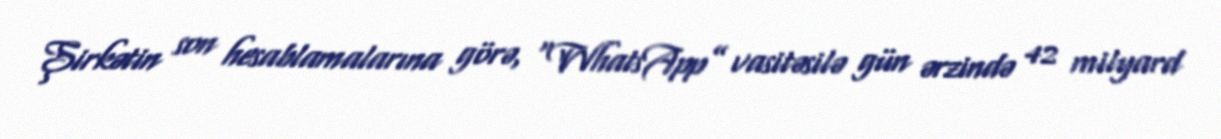
Şirkətin son hesablamalarına görə, “WhatsApp” vasitəsilə gün ərzində 42 milyard